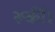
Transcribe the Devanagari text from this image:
रूकीं।